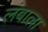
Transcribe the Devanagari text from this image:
लंबाला